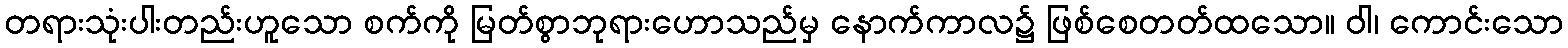
တရားသုံးပါးတည်းဟူသော စက်ကို မြတ်စွာဘုရားဟောသည်မှ နောက်ကာလ၌ ဖြစ်စေတတ်ထသော။ ဝါ၊ ကောင်းသော